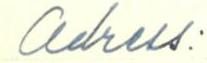
adress: